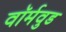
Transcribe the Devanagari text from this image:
वॉर्मवुड